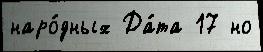
наро́дных Да́та 17 но